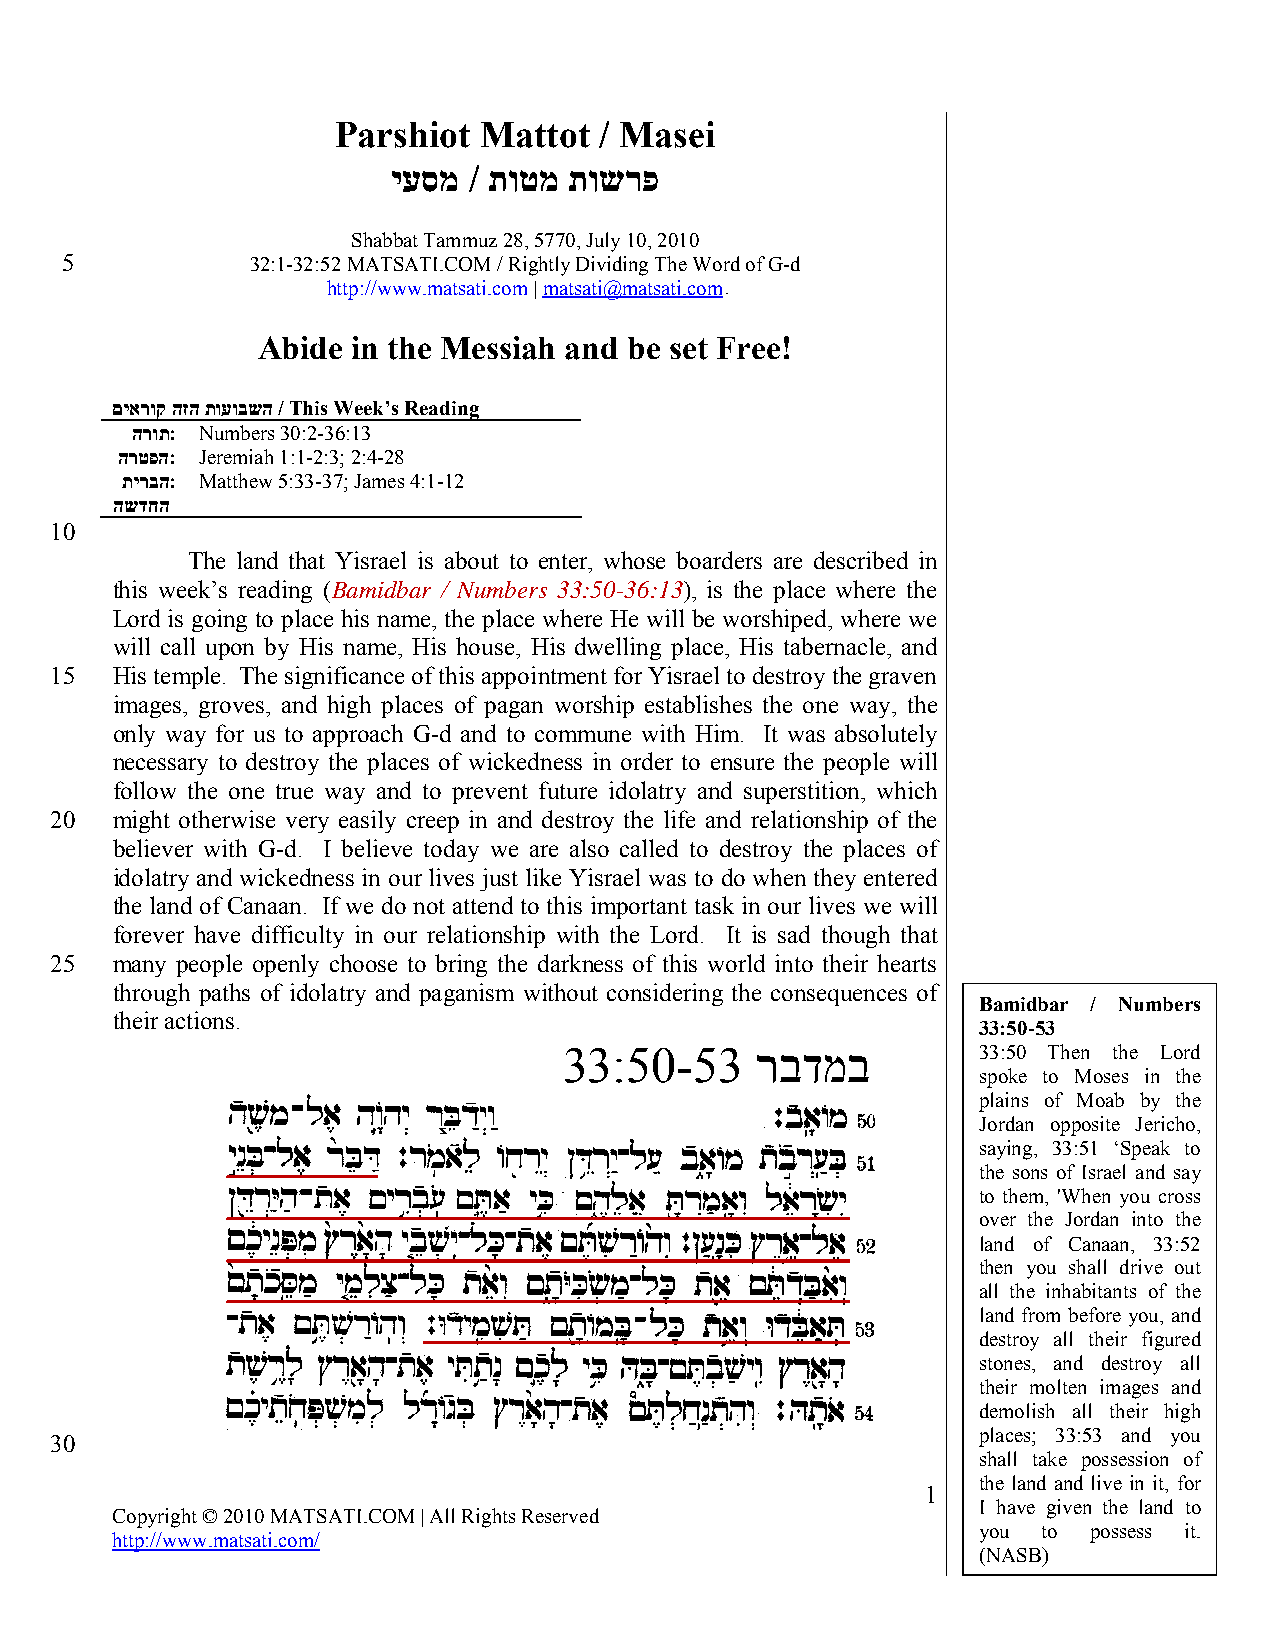
Parshiot  Mattot  / Masei
 יעסמ / תוטמ תושרפ
 Shabbat Tammuz 28, 5770, July 10, 2010
 5            32:1-32:52 MATSATI.COM / Rightly Dividing The Word of G-d
 http://www.matsati.com | HUmatsati@matsati.comU
 Abide in the Messiah and be set Free!
 םיארוק הזה תועובשה / This Week’s Reading
 הרות: Numbers 30:2-36:13
 הרטפה: Jeremiah 1:1-2:3; 2:4-28
 תירבה: Matthew 5:33-37; James 4:1-12
 השדחה:
 10
 The land that Yisrael is about to enter, whose boarders are described in
 this week’s reading (Bamidbar / Numbers 33:50-36:13), is the place where the
 Lord is going to place his name, the place where He will be worshiped, where we
 will call upon by His name, His house, His dwelling place, His tabernacle, and
 15  His temple. The significance of this appointment for Yisrael to destroy the graven
 images, groves, and high places of pagan worship establishes the one way, the
 only way for us to approach G-d and to commune with Him. It was absolutely
 necessary to destroy the places of wickedness in order to ensure the people will
 follow the one true way and to prevent future idolatry and superstition, which
 20  might otherwise very easily creep in and destroy the life and relationship of the
 believer with G-d. I believe today we are also called to destroy the places of
 idolatry and wickedness in our lives just like Yisrael was to do when they entered
 the land of Canaan. If we do not attend to this important task in our lives we will
 forever have difficulty in our relationship with the Lord. It is sad though that
 25  many people openly choose to bring the darkness of this world into their hearts
 through paths of idolatry and paganism without considering the consequences of
 Bamidbar / Numbers
 their actions.
 33:50-53
 33:50-53     רבדמב          33:50 Then the Lord
 spoke to Moses in the
 plains of Moab by the
 Jordan opposite Jericho,
 saying, 33:51 ‘Speak to
 the sons of Israel and say
 to them, 'When you cross
 over the Jordan into the
 land of Canaan, 33:52
 then you shall drive out
 all the inhabitants of the
 land from before you, and
 destroy all their figured
 stones, and destroy all
 their molten images and
 demolish all their high
 places; 33:53 and you
 30
 shall take possession of
 the land and live in it, for
 1
 I have given the land to
 Copyright © 2010 MATSATI.COM | All Rights Reserved
 you to possess it.
 http://www.matsati.com/
 (NASB)